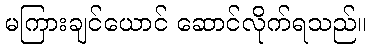
မကြားချင်ယောင် ဆောင်လိုက်ရသည်။